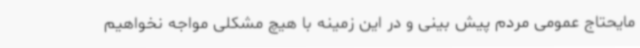
مایحتاج عمومی مردم پیش بینی و در این زمینه با هیچ مشکلی مواجه نخواهیم